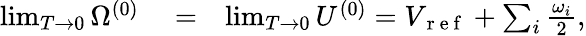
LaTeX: \begin{array}{rlr}{\operatorname*{lim}_{T\to 0}\Omega^{(0)}}&{{}=}&{\operatorname*{lim}_{T\to 0}U^{(0)}=V_{\mathrm{~r~e~f~}}+\sum_{i}\frac{\omega_{i}}{2},}\end{array}